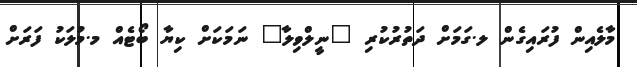
މާލެއިން ފުރައިގެން ލ.ގަމަށް ދަތުރުކުރި "ނީލްވިލާ" ނަމަކަށް ކިޔާ ބޯޓެއް މ.މުލަކު ފަރަށް